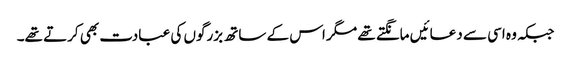
جبکہ وہ اسی سے دعائیں مانگتے تھے مگر اس کے ساتھ بزرگوں کی عبادت بھی کرتے تھے۔